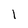
Character: l